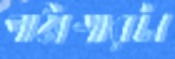
পাঠাগারটা